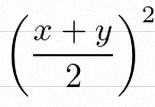
\left(\frac{x+y}{2}\right)^2